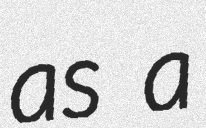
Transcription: as a